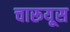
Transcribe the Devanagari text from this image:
चारूयूस